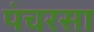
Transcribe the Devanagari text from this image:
पंचरसा